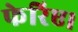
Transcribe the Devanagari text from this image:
फेरिए।